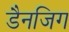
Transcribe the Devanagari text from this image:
डैनजिग